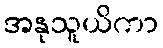
အနုသူယိကာ